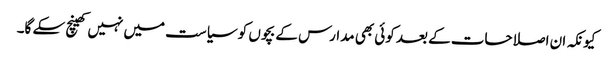
کیونکہ ان اصلاحات کے بعد کوئی بھی مدارس کے بچوں کو سیاست میں نہیں کھینچ سکے گا۔